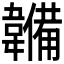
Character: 𮧳